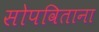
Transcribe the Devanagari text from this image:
सोपविताना